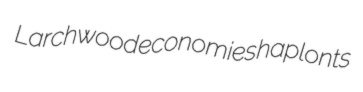
Larchwood economies haplonts